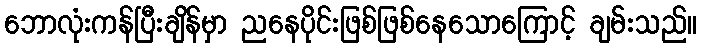
ဘောလုံးကန်ပြီးချိန်မှာ ညနေပိုင်းဖြစ်ဖြစ်နေသောကြောင့် ချမ်းသည်။